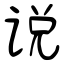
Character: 说